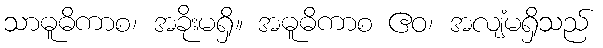
သာဓူဓိကာစ၊ အခိုးမရှိ။ အဓူဓိကာစ ဧဝ၊ အလျံမရှိသည်